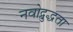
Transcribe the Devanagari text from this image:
नवोद्बुद्धता